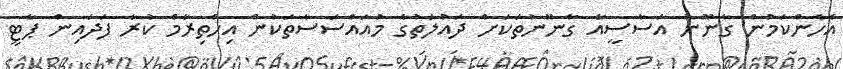
އެހެންކަމުން ގާނޫނު އަސާސީއާ ގާނޫނުތަކަށް ދައުލަތުގެ މުއައްސަސާތަކުން އިހްތިރާމް ކުރާ ފަދައިން ޕާޓީ